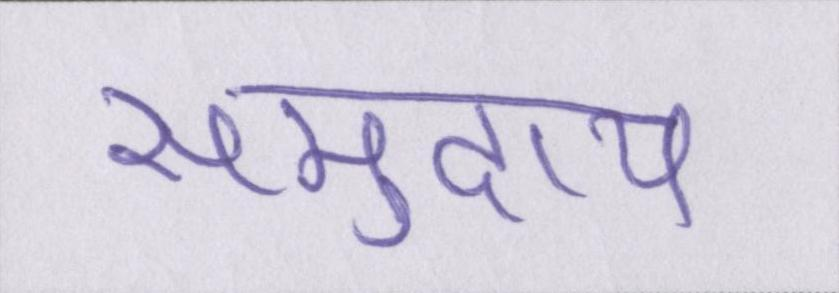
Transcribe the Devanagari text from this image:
समुदाय